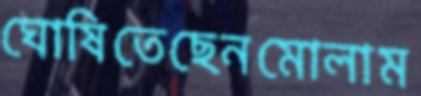
ঘোষিতেছেনমোলাম